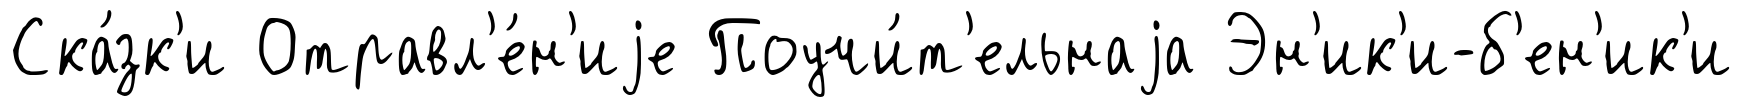
Ска́зк'и Отравл'е́н'иjе Поучи́т'ельнаjа Эн'ик'и-б'ен'ик'и